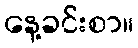
နေ့ခင်းစာ။